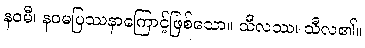
နဝမီ၊ နဝမပြဿနာကြောင့်ဖြစ်သော။ သီလဿ၊ သီလ၏။